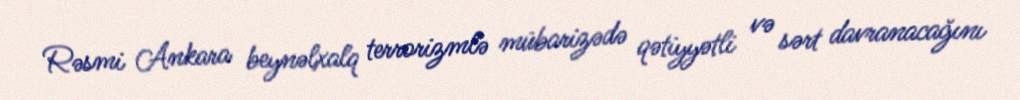
Rəsmi Ankara beynəlxalq terrorizmlə mübarizədə qətiyyətli və sərt davranacağını